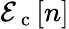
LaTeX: \mathcal{E}_{\mathrm{{~c~}}}[n]